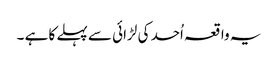
یہ واقعہ اُحد کی لڑائی سے پہلے کا ہے ۔